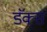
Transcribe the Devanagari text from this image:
डॅक्स